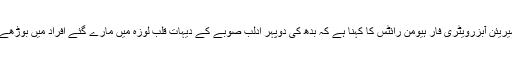
عالمی میڈیا کے مطابق سیریئن آبزرویٹری فار ہیومن رائٹس کا کہنا ہے کہ بدھ کی دوپہر ادلب صوبے کے دیہات قلب لوزہ میں مارے گئے افراد میں بوڑھے اور بچے بھی شامل ہیں۔